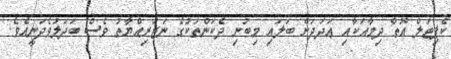
ކެޕިޓަލް އޮތް ދިމާއަކާއި ޢަދަދަށް ބަލައި މިބުނި ދެކަންތަކުގެ ނަޒަރިއްޔާތު ވެސް ބަދަލުވެދަނީއެވެ.